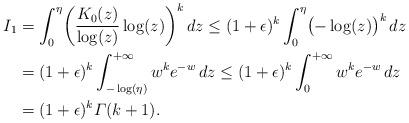
LaTeX: \begin{align*} I_{1}&=\int_{0}^{\eta} \biggl(\frac{K_{0}(z)}{\log(z)}\log(z)\biggr)^{k}\,dz\leq(1+\epsilon)^{k}\int_{0}^{\eta}\bigl(-\log(z)\bigr)^{k}\,dz\\&=(1+\epsilon)^{k}\int_{-\log(\eta)}^{+\infty}w^{k}e^{-w}\,dz\leq (1+\epsilon)^{k}\int_{0}^{+\infty}w^{k}e^{-w}\,dz\\&=(1+\epsilon)^{k}\varGamma(k+1).\end{align*}